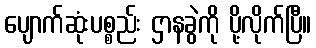
ပျောက်ဆုံးပစ္စည်း ဌာနခွဲကို ပို့လိုက်ပြီ။